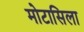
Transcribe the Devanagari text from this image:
मोटासिला